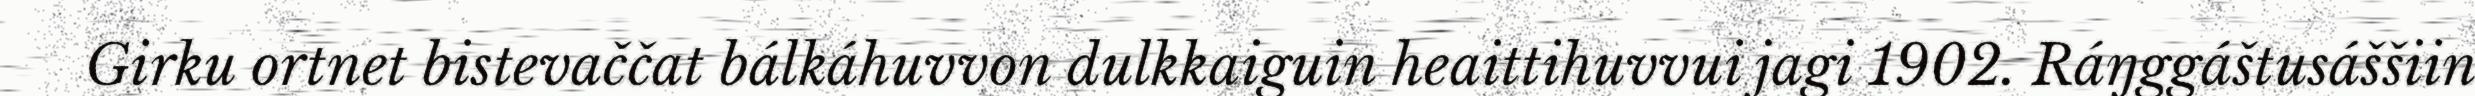
Girku ortnet bistevaččat bálkáhuvvon dulkkaiguin heaittihuvvui jagi 1902. Ráŋggáštusáššiin